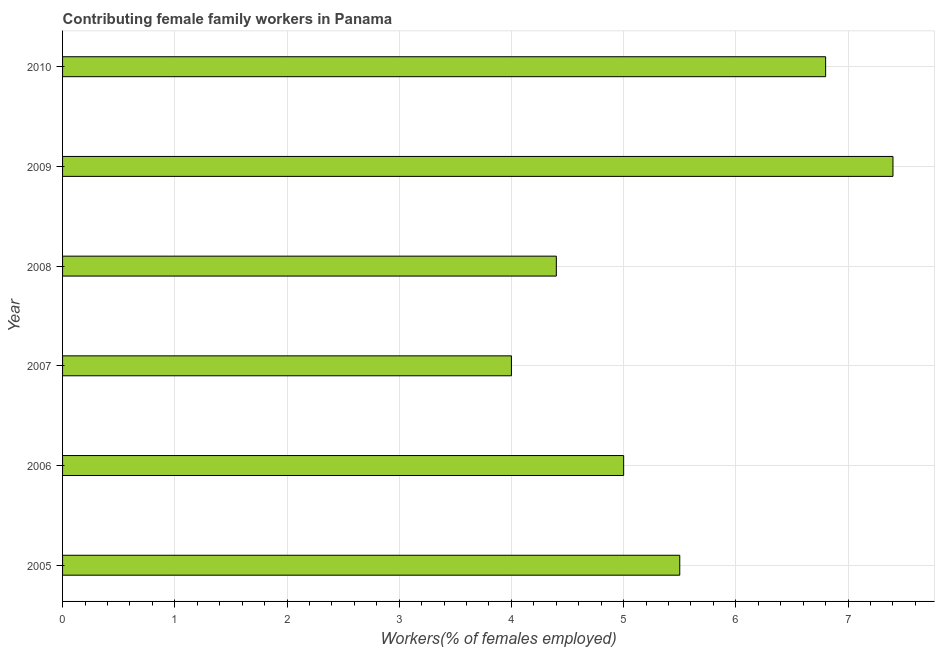
| Year | Contributing family workers |
 | --- | --- |
 | 2005 | 5.5 |
 | 2006 | 5 |
 | 2007 | 4 |
 | 2008 | 4.4 |
 | 2009 | 7.4 |
 | 2010 | 6.8 |